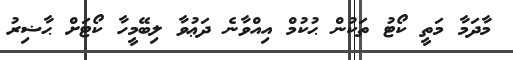
މާދަމާ މަތީ ކޯޓު ތަކުން ޙުކުމް އިއްވާނެ ދަޢުވާ ލިބޭމީހާ ކޯޓަށް ޙާޟިރު